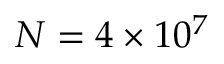
N = 4 \times 1 0 ^ { 7 }